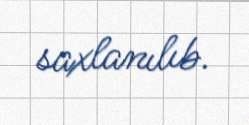
saxlanılıb.